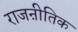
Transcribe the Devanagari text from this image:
राजऩीतिक